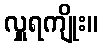
လှူရကျိုး။